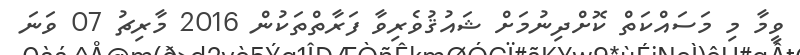
ވީމާ މި މަސައްކަތް ކޮށްދިނުމަށް ޝައުޤުވެރިވާ ފަރާތްތަކުން 2016 މާރިޗު 07 ވަނަ